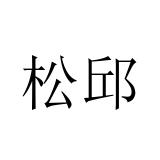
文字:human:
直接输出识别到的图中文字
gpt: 松邱